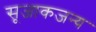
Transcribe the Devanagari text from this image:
सूजाकजन्य